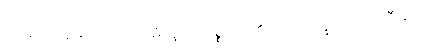
အဓိပတိရှိသော သမာဓိဟူ၍။ ဝုစ္စတိ၊ ၏။ ပ။ ဘိက္ခု၊ သည်။ ဝီမံသံ၊